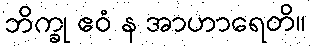
ဘိက္ခု ဧဝံ န အာဟာရေတိ။